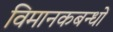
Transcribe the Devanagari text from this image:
विमानकबन्धों